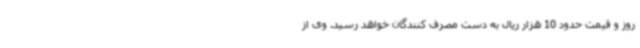
روز و قیمت حدود 10 هزار ریال به دست مصرف کنندگان خواهد رسید. وی از